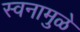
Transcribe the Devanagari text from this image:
स्वनामुळे